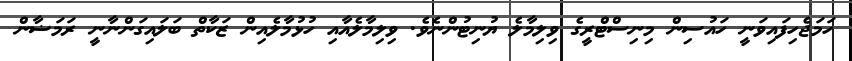
ހަމަޖެހިފައިވަނީ ހައުސިން މިނިސްޓްރީގެ ވިލިމާލެ ޔުނިޓުންނެވެ. ވިލިމާލެއާއި ހުޅުމާލެއިން ޒަކާތް ބަލައިގަންނާނީ ރަމަޟާން